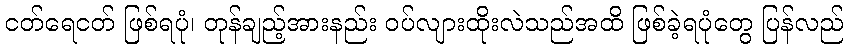
ငတ်ရေငတ် ဖြစ်ရပုံ၊ တုန်ချည့်အားနည်း ဝပ်လျားထိုးလဲသည်အထိ ဖြစ်ခဲ့ရပုံတွေ ပြန်လည်